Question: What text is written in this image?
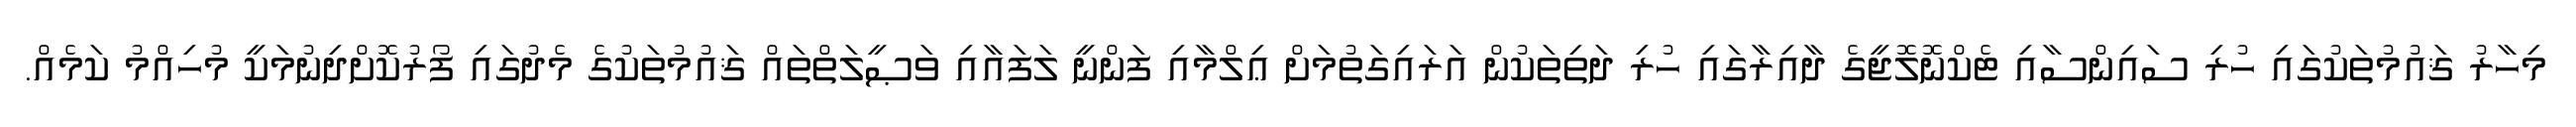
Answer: މިހާރު ޤައުމުތަކުގައި ހުރި ސައިންސާއި ޓެކްނޮލޮޖީގެ ދާއިރާގައި ހުރި ދަތިތަކުން އަރައިގަތުމަށް ޢިލްމާއި ފަންނީ ލަފައާއި ވަޞީލަތްތައް ޤައުމުތަކުގެ މެދުގައި ފޯރުކޮށްދިނުމަކީ މުހިއްމު ކަމެއް.